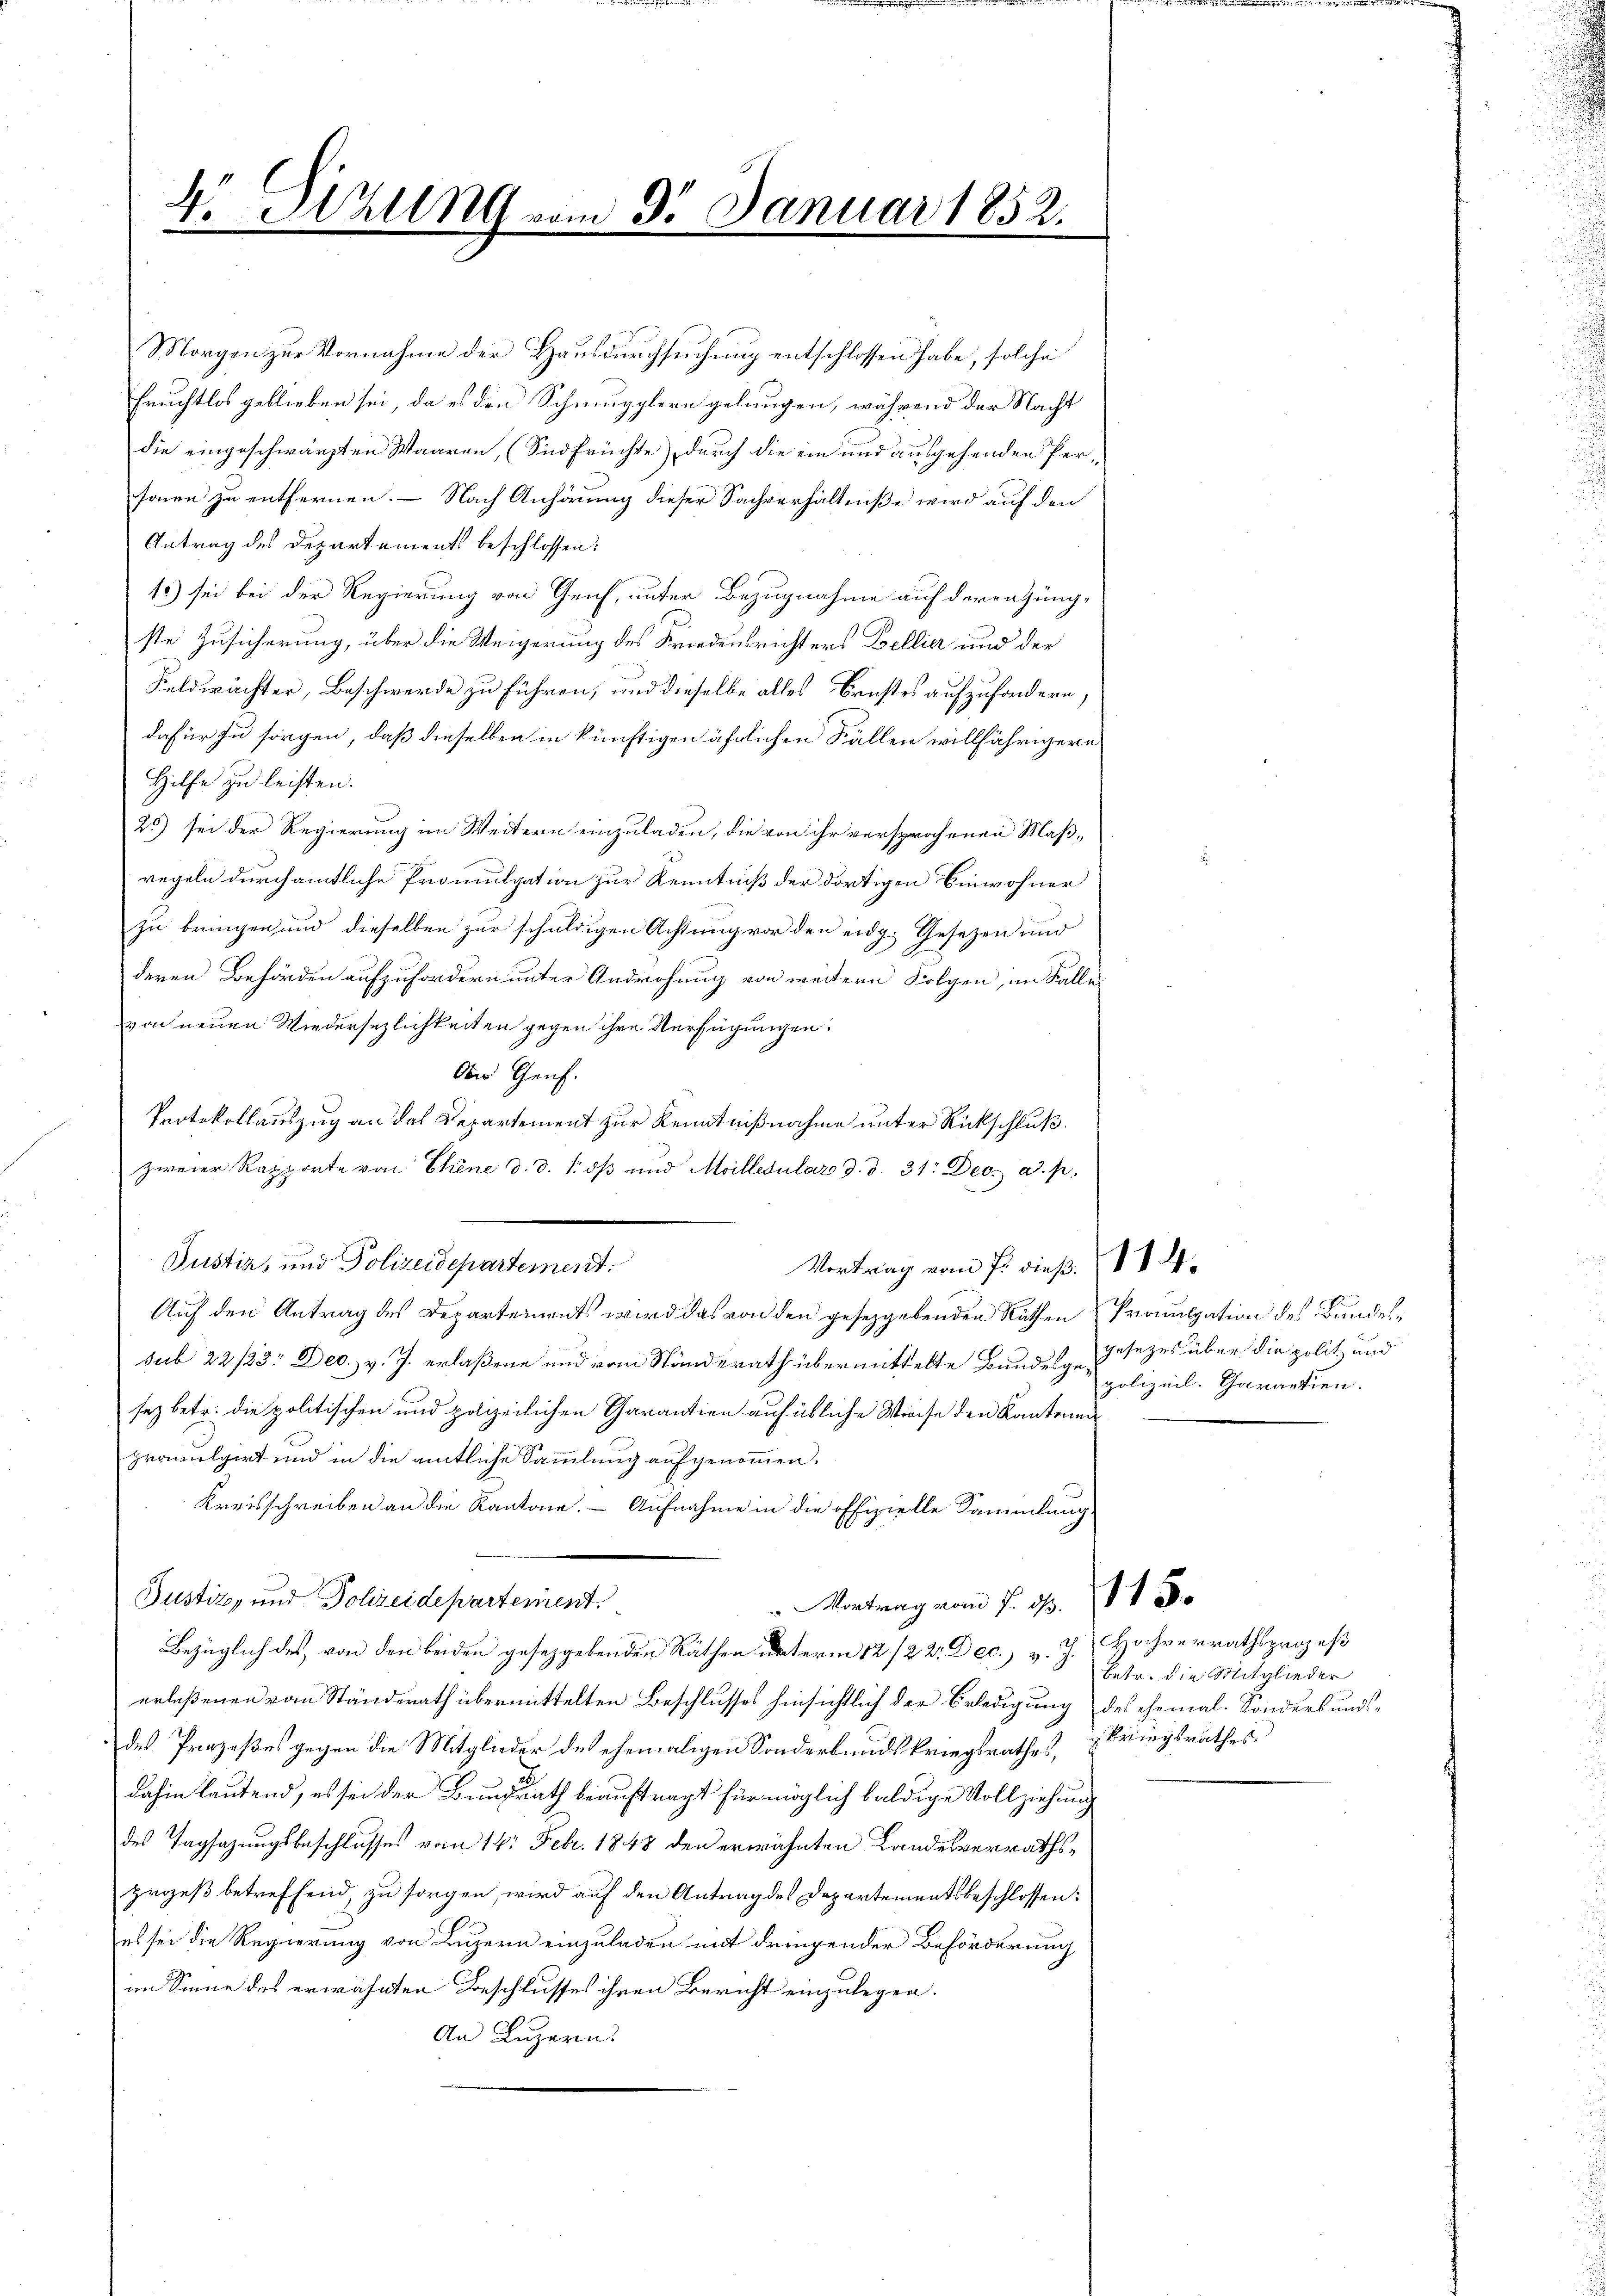
V. Sitzung vom 9. Januar 1852.

Morgen zur Vornahme der Hausdurchsuchung entschlossen habe, solche
Fruchtlos geblieben sei, da es den Schmugglern gelungen, während der Nacht
die eingeschwärzten Waaren, (Sidfrüchte), durch die ein und ausgehenden Personen zu entfernen. — Nach Anhörung dieser Sachverhältniße wird auf den
Antrag des Departements beschlossen:
15) sei bei der Regierung von Geich, unter Bezugnahme auf derenzungste Zusicherung, über die Weigerung des Friedensrichters Bellier und der
Feldwächter, Beschwerde zu führen, und dieselbe alles Brustes aufzusondern,
dafür zu sorgen, daß dieselben in künftigen ähnlichen Fällen willfährigern
Hilfe zu leisten.
25) sei der Regierung im Weitern einzuladen, die von ihr versprochenen Maßregeln durchamtliche Promulgation zur Kenntniß der dortigen Einwohner
zu bringen und dieselben zur schuldigen Achtung vor den eidg. Gesetzen und
deren Behörden aufzufordern unter Androhung von weitern Folgen, im Falle
von neuen Wiedersezlichkeiten gegen ihre Verfügungen:
den Genf.
Protokollauszug an das Departement zur Kenntnißnahme unter Rückschluß
zweier Rapporte von Ekene d. d. 1. dβ ŭnd Milledular d. d. 31. Dec. a. p.
Justiz, und Polizeidepartement.
Vortrag vom 7. dieß.
Auf den Antrag des Departements wird das von den gesetzgebenden Räthen Promulgation des Bundessub 22/23. Dec. v. J. erlaßene und vom Ständerath übermittelte Bundesgegesezes über die politz und
sez betr. die politischen und popeilichen Garantien auf übliche Wiese den Kantonen
promulgirt und in die amtliche Sammlung aufgenommen.
Kreisschreiben an die Kantone. – Aufnahme in die offizielle Sammlung
Justiz- und Polizeidepartement.
Vortrag vom 7. d. 1t 8.
Bezüglich des von den beiden gesetzgebenden Räthen unterm 12. 122. Dec. v. J. Hochverrathsprozeß
erlaßenen vom Ständerath übermittelten Beschlusses hinsichtlich der Erledigung des ehemal. Sonders und
des Prozeßes gegen die Mitglieder des ehemaligen Sonderbundeskriegsrathes,
dahin lautend, es sei der Bundrath beauftragt für möglich baldige Vollziehung
des Tagsazungsbeschlusses vom 14. Febr. 1848 den erwähnten Landesverrathsprozeß betreffend, zu sorgen, wird auf den Antrag des Departementsbeschlossen:
es sei die Regierung von Luzern einzuladen mit dringender Beförderung
im Sinne des erwähnten Beschlusses ihren Bericht einzulegen.
An Luzern.

polizeil. Carantien.

betr. die Mitglieder
Kriegsrathes.